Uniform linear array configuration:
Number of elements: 24
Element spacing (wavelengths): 1
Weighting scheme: cosine
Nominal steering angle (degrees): -60
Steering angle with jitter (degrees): -58.555
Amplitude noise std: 0.05
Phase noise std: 0.05

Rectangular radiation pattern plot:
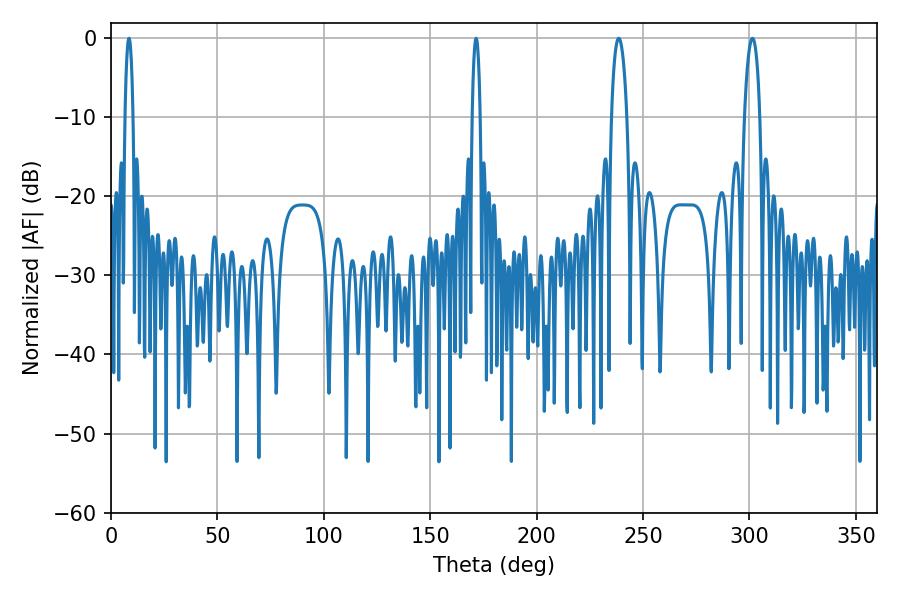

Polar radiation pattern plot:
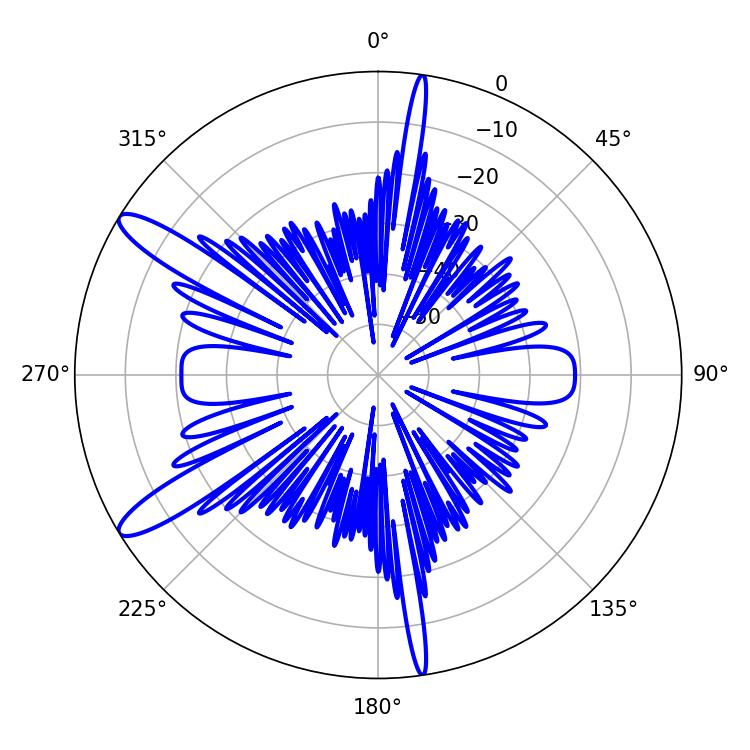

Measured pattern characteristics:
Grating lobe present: TRUE
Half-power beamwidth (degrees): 2.16
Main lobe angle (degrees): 8.46